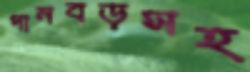
পানবড়সহ